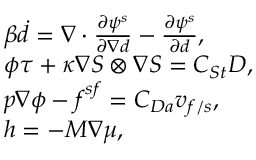
\begin{array} { r l } & { \beta \dot { d } = \nabla \cdot \frac { \partial \psi ^ { s } } { \partial { \nabla { d } } } - \frac { \partial \psi ^ { s } } { \partial { d } } , } \\ & { \phi \boldsymbol { \tau } + \kappa \nabla { S } \otimes \nabla { S } = C _ { S t } \boldsymbol { D } , } \\ & { p \nabla \phi - \boldsymbol { f } ^ { s f } = C _ { D a } \boldsymbol { v } _ { f / s } , } \\ & { \boldsymbol { h } = - M \nabla \mu , } \end{array}